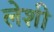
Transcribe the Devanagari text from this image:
लेशी